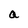
Character: a